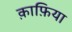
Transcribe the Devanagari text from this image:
क़ाफ़िया